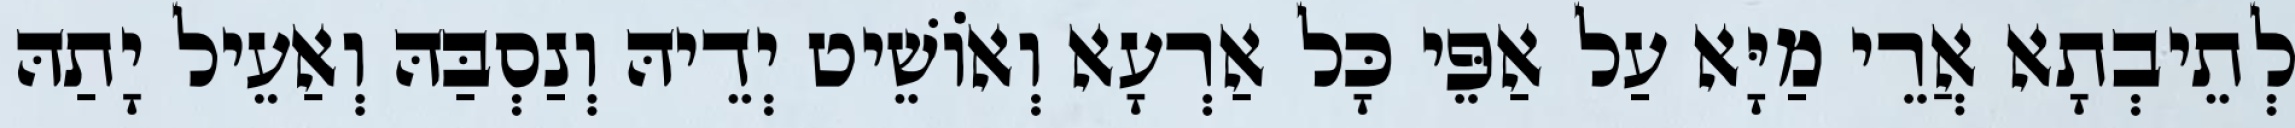
לְתֵיבְתָא אֲרֵי מַיָּא עַל אַפֵּי כָּל אַרְעָא וְאוֹשֵׁיט יְדֵיהּ וְנַסְבַּהּ וְאַעֵיל יָתַהּ